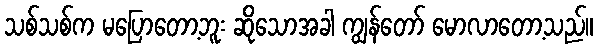
သစ်သစ်က မပြောတော့ဘူး ဆိုသောအခါ ကျွန်တော် မောလာတော့သည်။